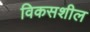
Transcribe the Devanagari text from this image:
विकसशील